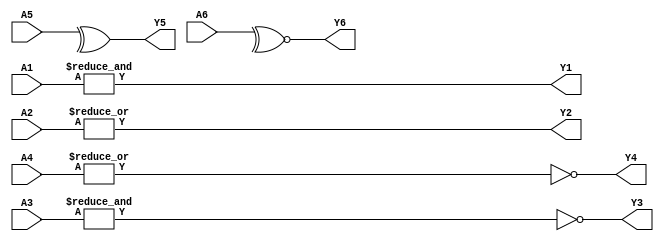
module f29_Reduction (A1, A2, A3, A4, A5, A6, Y1, Y2, Y3, Y4, Y5, Y6);
input [1:0] A1; 
input [1:0] A2; 
input [1:0] A3; 
input [1:0] A4; 
input [1:0] A5; 
input [1:0] A6; 
output Y1, Y2, Y3, Y4, Y5, Y6; 
assign Y1=&A1; 
assign Y2=|A2; 
assign Y3=~&A3; 
assign Y4=~|A4; 
assign Y5=^A5; 
assign Y6=~^A6; 
endmodule